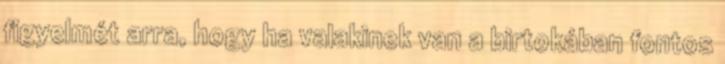
figyelmét arra, hogy ha valakinek van a birtokában fontos